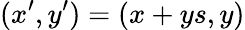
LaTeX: (x^{\prime},y^{\prime})=(x+ys,y)